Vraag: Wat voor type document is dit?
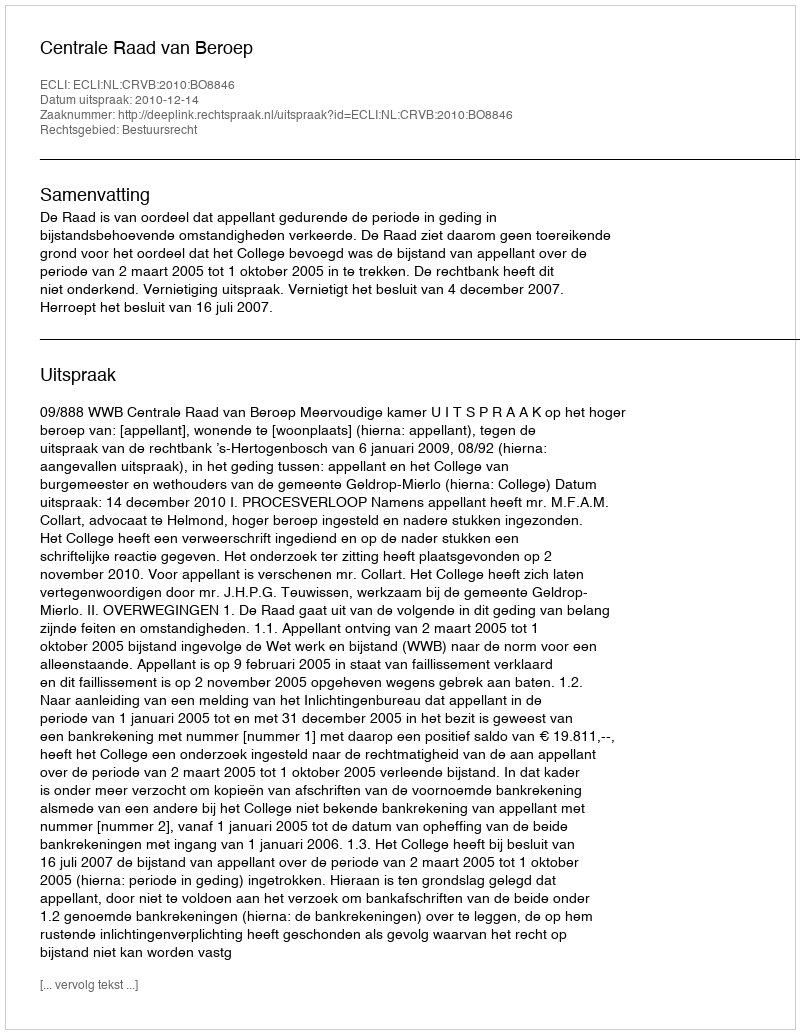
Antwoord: Uitspraak